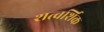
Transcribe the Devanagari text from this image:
शत्वर्शिक